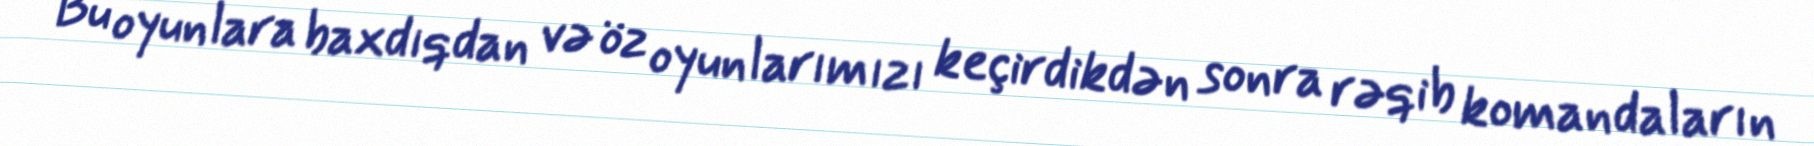
Bu oyunlara baxdıqdan və öz oyunlarımızı keçirdikdən sonra rəqib komandaların